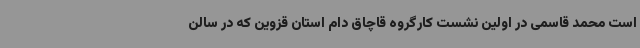
است محمد قاسمی در اولین نشست کارگروه قاچاق دام استان قزوین که در سالن